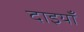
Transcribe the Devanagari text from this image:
दाइयाँ